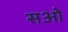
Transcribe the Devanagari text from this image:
सओ